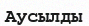
Аусылды